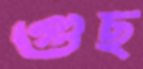
গুছ